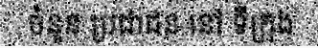
ចំនួន ប្រជាជន នៅ ទីក្រុង